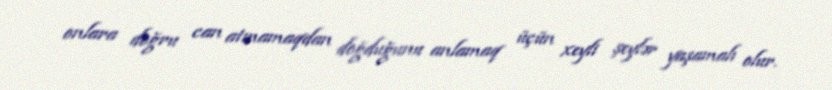
onlara doğru can atmamaqdan doğduğunu anlamaq üçün xeyli şeylər yaşamalı olur.